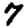
Digit: 7